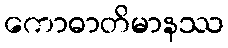
ကောဓာတိမာနဿ